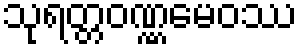
သုရတ္တဝဏ္ဏမေဝဿ